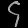
Digit: ၄